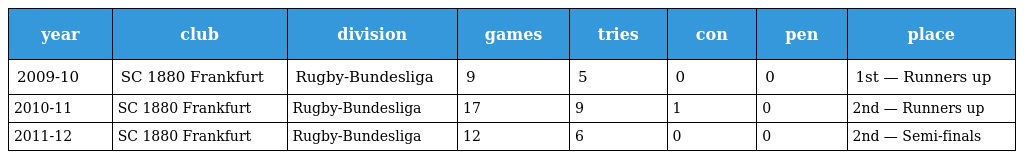
| year | club | division | games | tries | con | pen | place |
 | --- | --- | --- | --- | --- | --- | --- | --- |
 | 2009-10 | SC 1880 Frankfurt | Rugby-Bundesliga | 9 | 5 | 0 | 0 | 1st — Runners up |
 | 2010-11 | SC 1880 Frankfurt | Rugby-Bundesliga | 17 | 9 | 1 | 0 | 2nd — Runners up |
 | 2011-12 | SC 1880 Frankfurt | Rugby-Bundesliga | 12 | 6 | 0 | 0 | 2nd — Semi-finals |